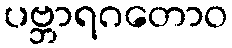
ပဗ္ဘာရဂတောဝ